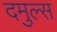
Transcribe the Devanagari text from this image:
दमुल्स